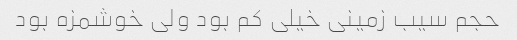
حجم سیب زمینی خیلی کم بود ولی خوشمزه بود